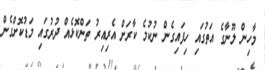
މާހިން ލޫނާގެ އަތުގައި ހިފައިގެން ނުކުމެ ކާރަށް އެރިއިރު ތަންކޮޅެއް ދުރުގައި މަޑުކޮށްގެން